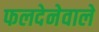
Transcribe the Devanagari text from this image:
फलदेनेवाले